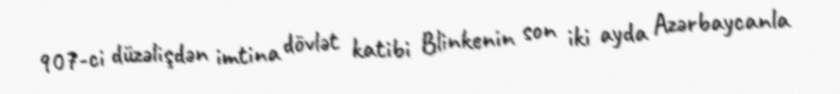
907-ci düzəlişdən imtina dövlət katibi Blinkenin son iki ayda Azərbaycanla